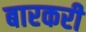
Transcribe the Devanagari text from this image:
बारकरी